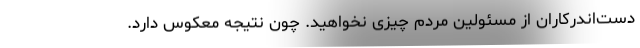
دست‌اندرکاران از مسئولین مردم چیزی نخواهید. چون نتیجه معکوس دارد.